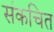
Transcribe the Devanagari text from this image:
संकचित